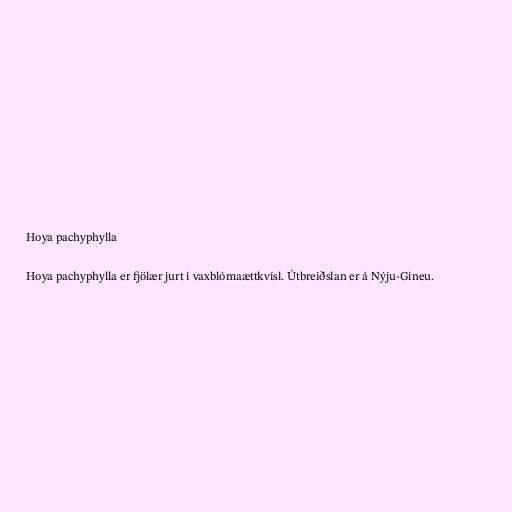
Hoya pachyphylla

Hoya pachyphylla er fjölær jurt í vaxblómaættkvísl. Útbreiðslan er á Nýju-Gíneu.